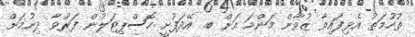
ތުހުމަތު އެޅިފައިވާ ޒުވާން މަންމަ އަށް ބ. އޭދަފުށީ ހޮސްޕިޓަލުން ފަރުވާ ދިނުމަށް